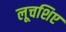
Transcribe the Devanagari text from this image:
लूचशिए